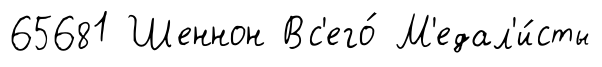
65681 Шеннон Вс'его́ М'едал'и́сты